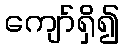
ကျော်ရှိ၍